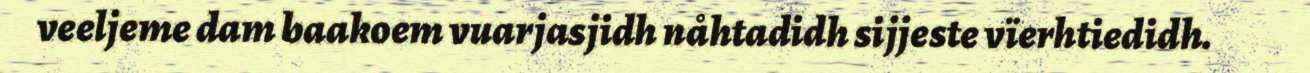
veeljeme dam baakoem vuarjasjidh nåhtadidh sijjeste vïerhtiedidh.